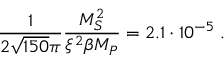
{ \frac { 1 } { 2 \sqrt { 1 5 0 } \pi } } { \frac { M _ { S } ^ { 2 } } { \xi ^ { 2 } \beta M _ { P } } } = 2 . 1 \cdot 1 0 ^ { - 5 } \; .